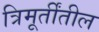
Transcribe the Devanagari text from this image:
त्रिमूर्तींतील